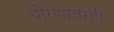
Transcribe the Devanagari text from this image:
धोरणावरही